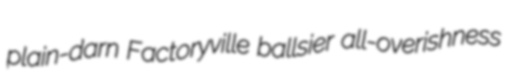
plain-darn Factoryville ballsier all-overishness